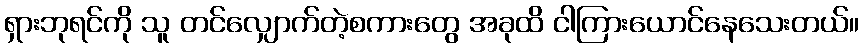
ရှားဘုရင်ကို သူ တင်လျှောက်တဲ့စကားတွေ အခုထိ ငါကြားယောင်နေသေးတယ်။